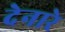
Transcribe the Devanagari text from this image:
देनारे